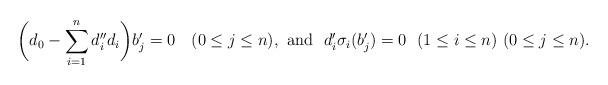
LaTeX: \begin{align*}\biggl(d_0 - \sum_{i=1}^{n} d_i''d_i \biggr)b_j' = 0\ \ \ (0\le j\le n),\ {\rm and}\ \ d_i'\sigma_i(b_j') = 0\ \ (1\le i\le n)\ (0\le j\le n).\end{align*}